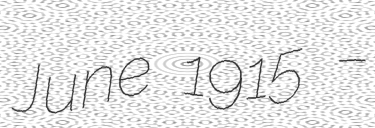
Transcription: June 1915 –